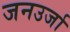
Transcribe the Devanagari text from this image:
जनउर्जा